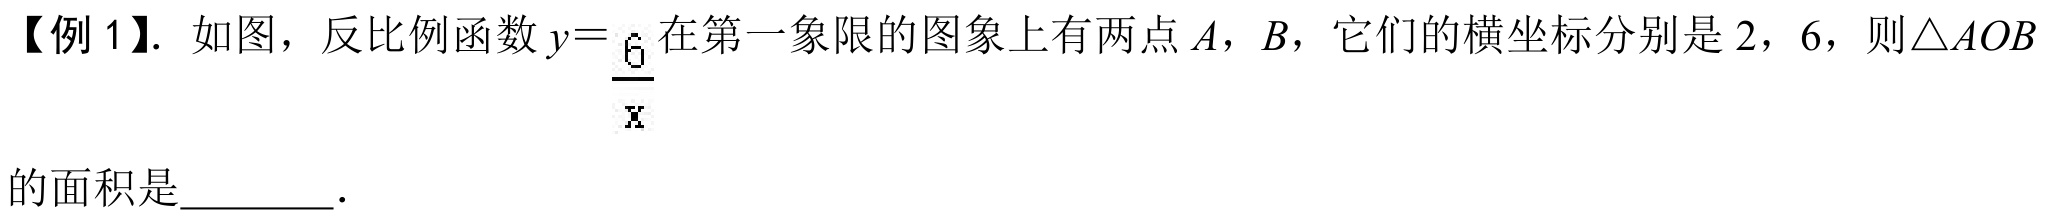
【例1】. 如图，反比例函数\(y = \frac{6}{x}\)在第一象限的图象上有两点\(A\)，\(B\)，它们的横坐标分别是\(2\)，\(6\)，则\(\triangle AOB\)
的面积是  ．